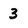
Character: 3